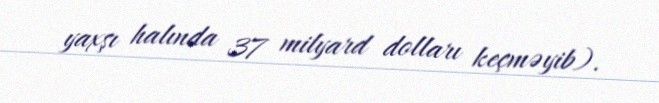
yaxşı halında 37 milyard dolları keçməyib).